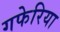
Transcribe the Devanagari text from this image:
गफेरिया